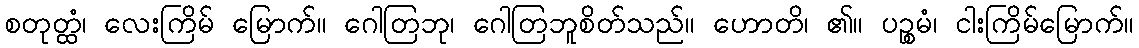
စတုတ္ထံ၊ လေးကြိမ် မြောက်။ ဂေါတြဘု၊ ဂေါတြဘူစိတ်သည်။ ဟောတိ၊ ၏။ ပဉ္စမံ၊ ငါးကြိမ်မြောက်။